Document type: Barter
Year: 1304
Scribe: Pere Pometa
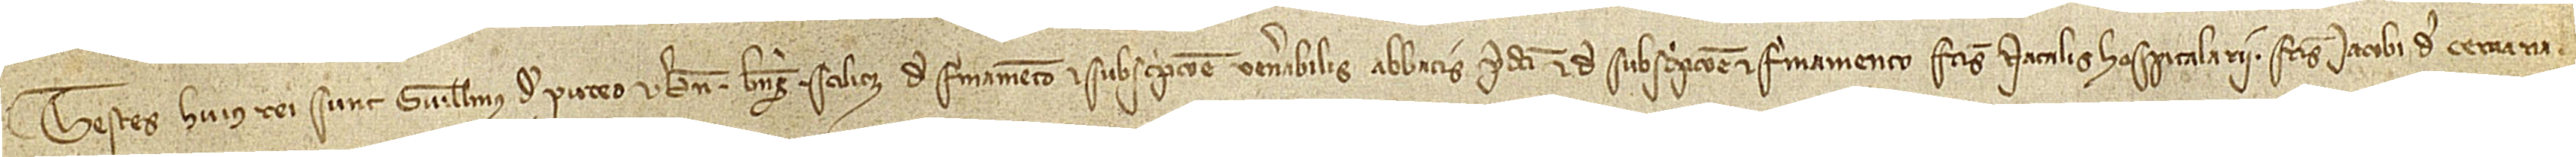
Testes huius rei sunt: Guillelmus de Puteo et Bernardus Berengarii, scilicet, de firmamento et subscripcione venerabilis abbatis predicti et de subscripcione et firmamento fratris Natalis, hospitalarii, fratris Iacobi de Cervaria,